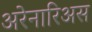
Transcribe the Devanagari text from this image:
अरेनारिअस